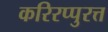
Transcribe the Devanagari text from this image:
करिरप्पुरत्त